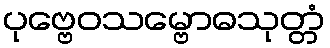
ပုဗ္ဗေဝသမ္ဗောဓသုတ္တံ